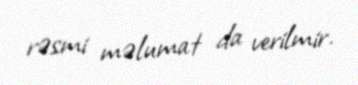
rəsmi məlumat da verilmir.